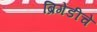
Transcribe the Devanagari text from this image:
ब्रिगेडीचे